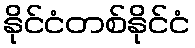
နိုင်ငံတစ်နိုင်ငံ